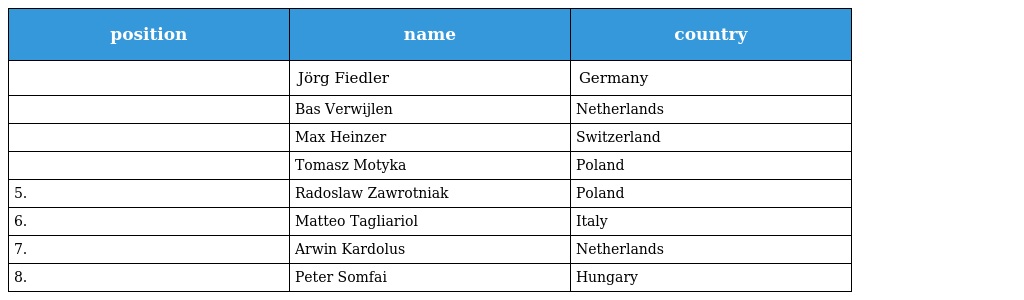
| position | name | country |
 | --- | --- | --- |
 |  | Jörg Fiedler | Germany |
 |  | Bas Verwijlen | Netherlands |
 |  | Max Heinzer | Switzerland |
 |  | Tomasz Motyka | Poland |
 | 5. | Radoslaw Zawrotniak | Poland |
 | 6. | Matteo Tagliariol | Italy |
 | 7. | Arwin Kardolus | Netherlands |
 | 8. | Peter Somfai | Hungary |